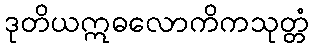
ဒုတိယဣဓလောကိကသုတ္တံ